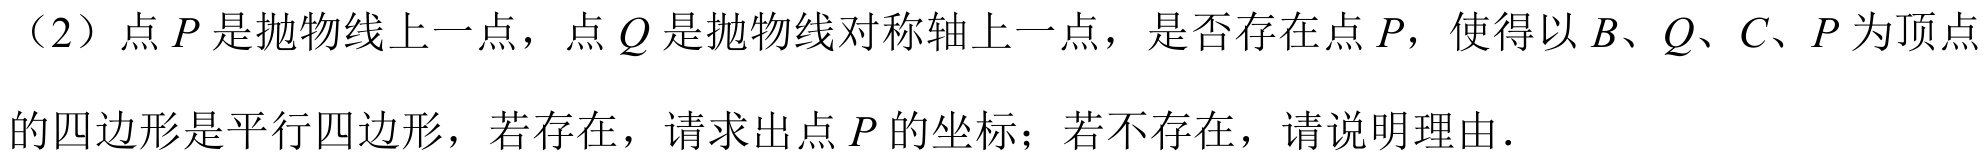
（2）点\(P\)是抛物线上一点，点\(Q\)是抛物线对称轴上一点，是否存在点\(P\)，使得以\(B\)、\(Q\)、\(C\)、\(P\)为顶点的四边形是平行四边形，若存在，请求出点\(P\)的坐标；若不存在，请说明理由．